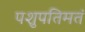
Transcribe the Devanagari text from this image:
पशुपतिमतं